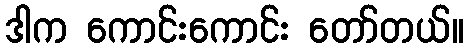
ဒါက ကောင်းကောင်း တော်တယ်။